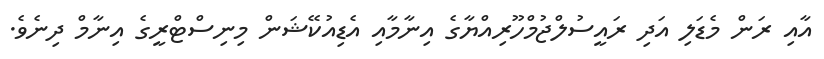
އާއި ރަން މެޑަލި އަދި ރައީސުލްޖުމްހޫރިއްޔާގެ އިނާމާއި އެޑިއުކޭޝަން މިނިސްޓްރީގެ އިނާމް ދިނެވެ.